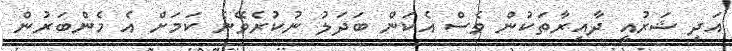
އަދި ޝަރުއީ ދާއިރާތަކުން ވެސް އެކަން ބަދަލު ނުކުރެވޭނެ ކަމަށް އެ މެންބަރުން